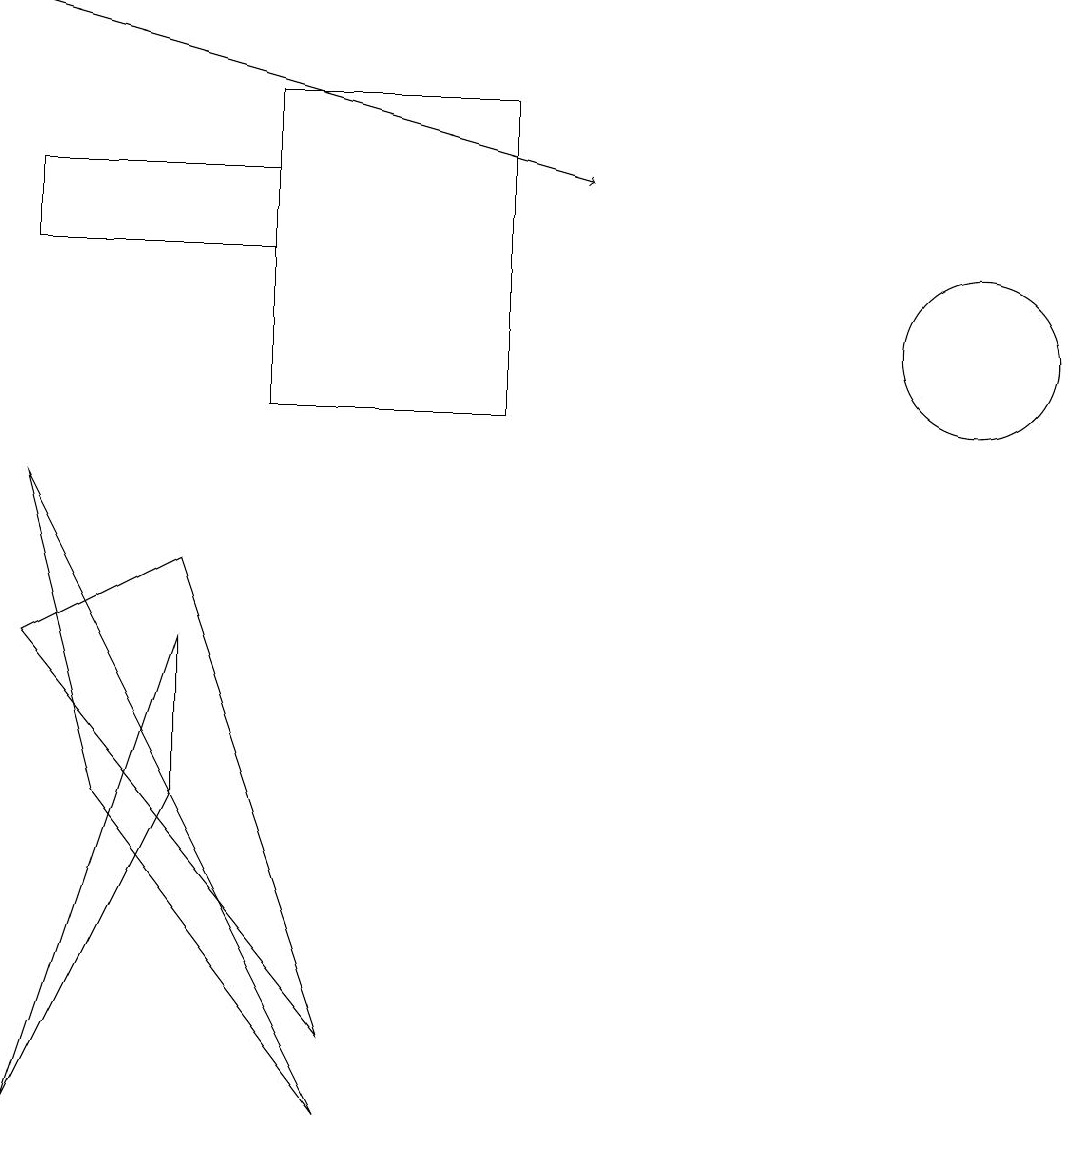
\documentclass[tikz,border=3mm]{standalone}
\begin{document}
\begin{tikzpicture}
\draw (0,1) -- (2,5) -- (2,7) -- cycle;
\draw (3,12) rectangle (0,13);
\draw[->] (0,15) -- (7,13);
\draw (12,11) circle (1);
\draw (4,1) -- (1,5) -- (0,9) -- cycle;
\draw (2,8) -- (4,2) -- (0,7) -- cycle;
\draw (3,10) rectangle (6,14);
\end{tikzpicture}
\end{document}